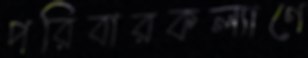
পরিবারকল্যাণে